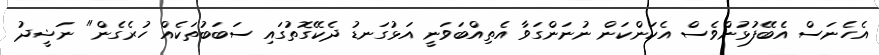
އެހެނަސް އެބޭފުޅުންވެސް އެކަންކަން ނުނަންގަވާ އެތިއްބަވަނީ އަޅުގަނޑު ދެކޭގޮތުގައި ސަބަބުތަކެއް ހުރެގެން" ނަޝީދު